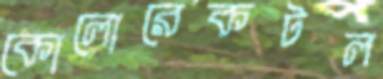
কোলোরেকটল